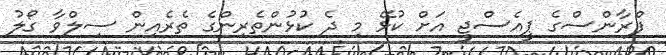
ފްރާންސްގެ ޕީއެސްޖީ އަށް ކުޅޭ މި ދެ ކުޅުންތެރިންގެ ތެރެއިން ސިލްވާ ގޯލު